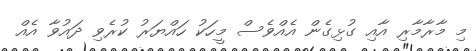
މި މާރާމާރި އާއި ގުޅިގެން އެއްވެސް މީހަކު ހައްޔަރު ކުރެވި ދައުވާ އެއް